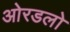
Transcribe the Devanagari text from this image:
ओरडलो